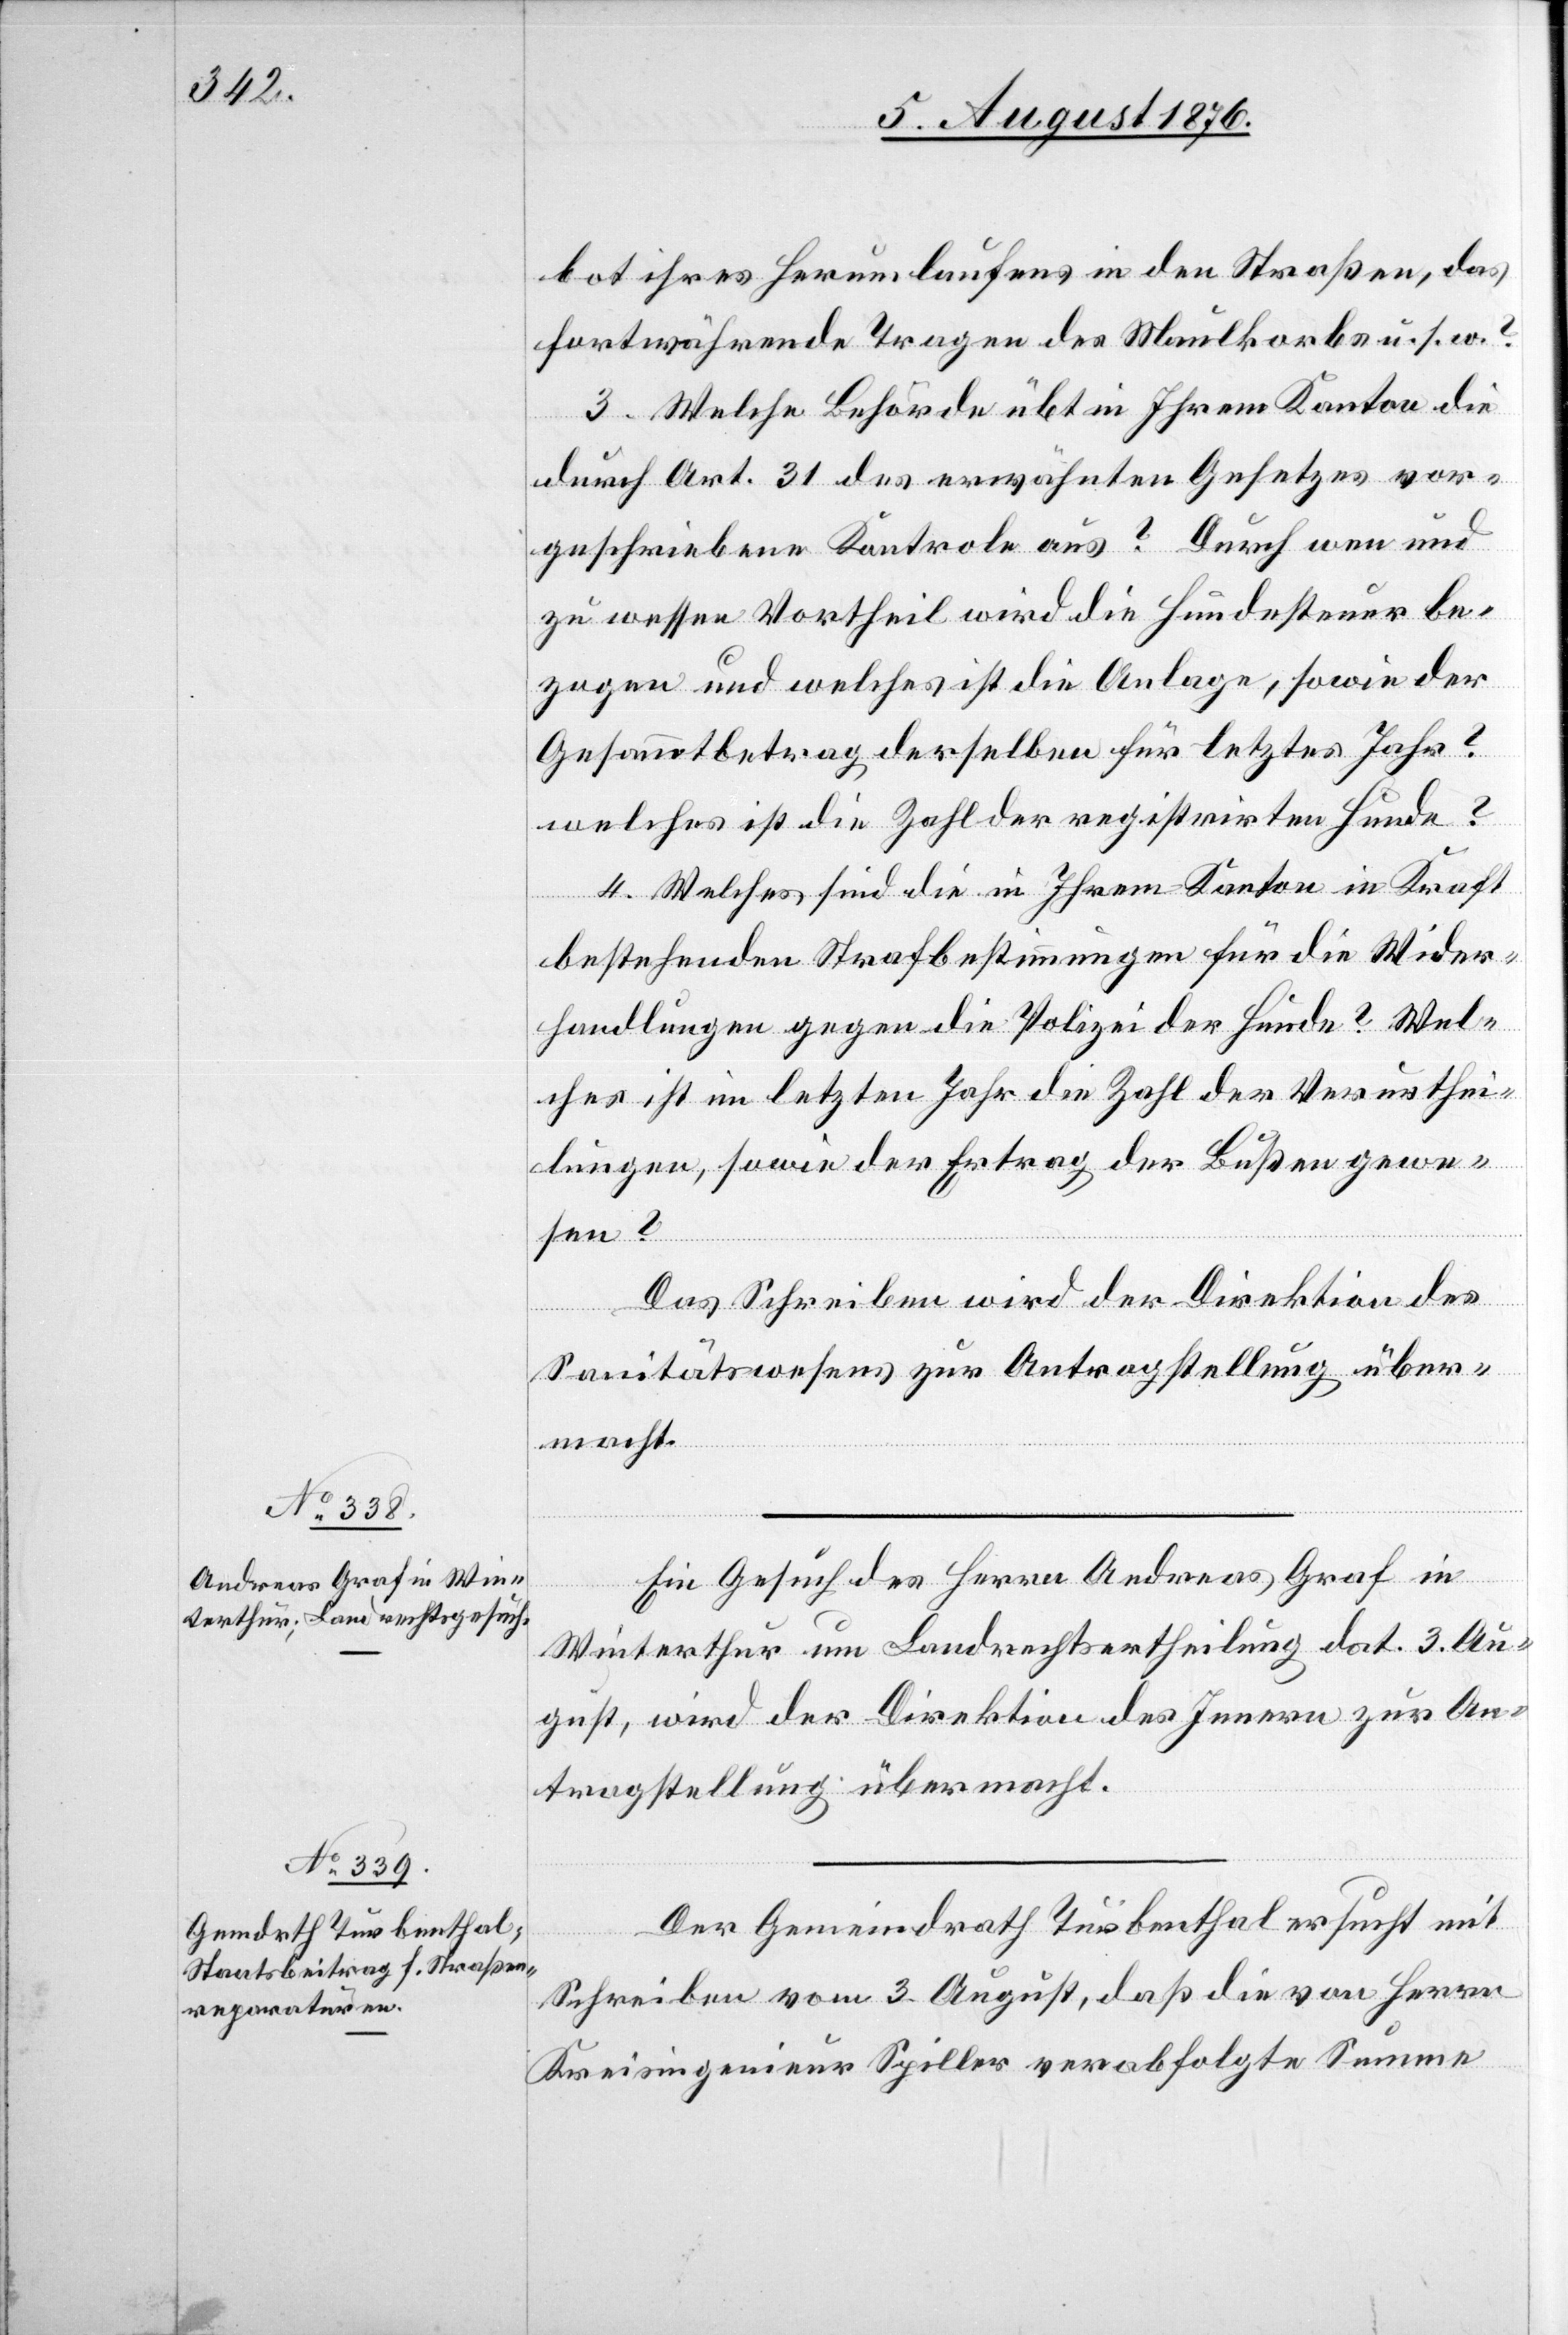
7. August 1876.]
bot ihres Herumlaufens in den Straßen, das
fortwährende Tragen des Maulkorbs u. s. w.?
3. Welche Behörde übt in Ihrem Kanton die
durch Art. 31 des erwähnten Gesetzes vor¬
geschriebene Kontrole aus? Durch wen und
zu wessen Vortheil wird die Hundesteuer be¬
zogen und welches ist die Anlage, sowie der
Gesammtbetrag derselben für letztes Jahr?
4. Welches sind die in Ihrem Kanton in Kraft
bestehenden Strafbestimmungen für die Wider¬
handlungen gegen die Polizei der Hunde? Wel¬
ches ist im letzten Jahr die Zahl der Verurthei¬
lungen, sowie der Ertrag der Bußen gewe¬
sen?
Das Schreiben wird der Direktion des
Sanitätswesens zur Antragstellung über¬
macht.
Ein Gesuch des Herrn Andreas Graf in
Winterthur um Landrechtsertheilung dat. 3. Au¬
gust, wird der Direktion des Innern zur An¬
tragstellung übermacht.
Der Gemeindrath Turbenthal ersucht mit
Schreiben vom 3. August, daß die von Herrn
Kreisingenieur Spiller verabfolgte Summe